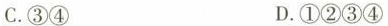
C.③④ D.①②③④